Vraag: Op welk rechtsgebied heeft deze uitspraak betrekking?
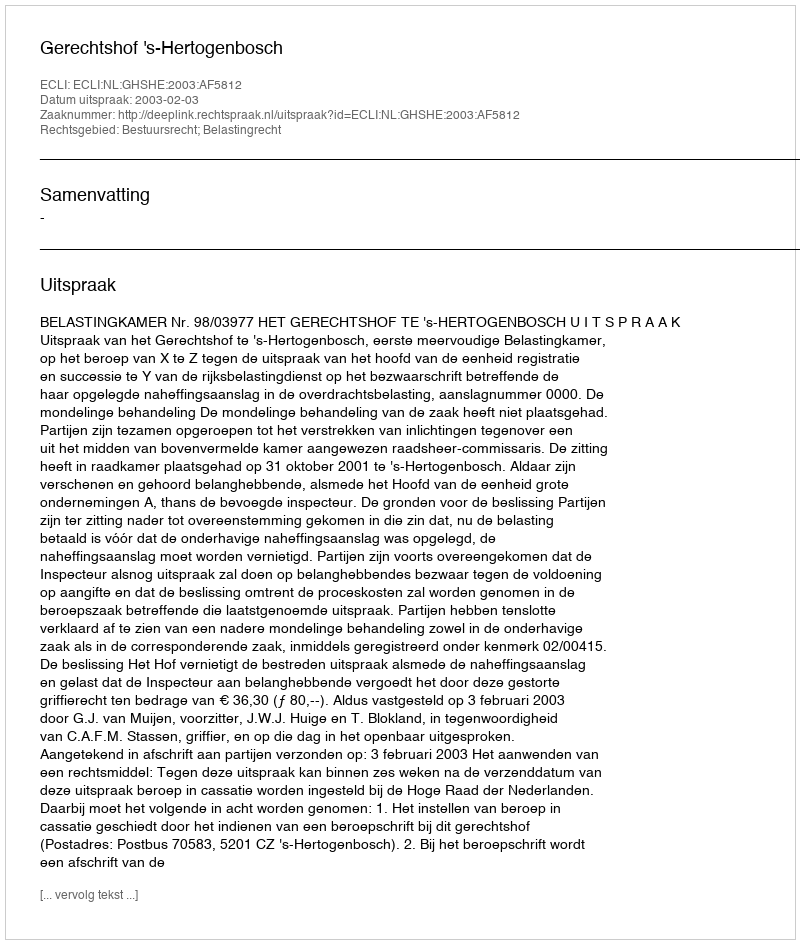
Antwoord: Bestuursrecht; Belastingrecht